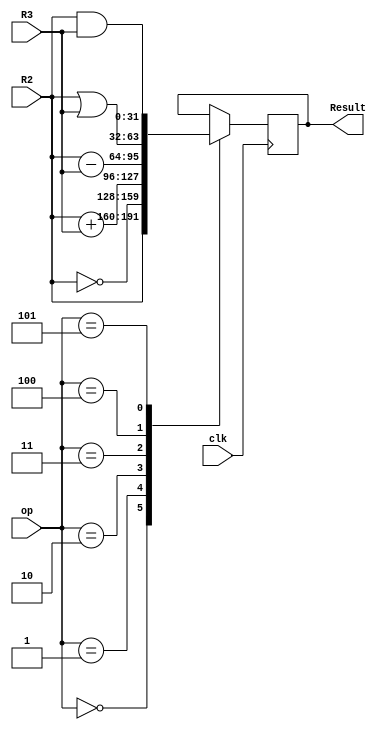
module Verification(Result, clk, op, R2, R3);

    parameter n = 32;
    input clk;
    input [2:0] op;
    input [n - 1 : 0] R2;
    input [n - 1 : 0] R3;
    output reg [n - 1 : 0] Result;
    
    always @ (posedge clk) begin
        case(op)
            3'b000: Result = R2;
            3'b001: Result = ~R2;
            3'b010: Result = R2 + R3;
            3'b011: Result = R2 - R3;
            3'b100: Result = R2 | R3;
            3'b101: Result = R2 & R3;
        endcase
    end
    
endmodule